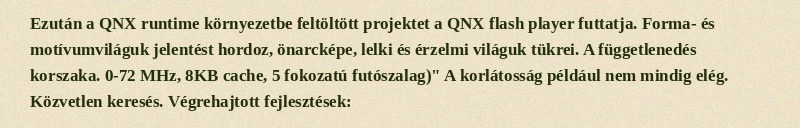
Ezután a QNX runtime környezetbe feltöltött projektet a QNX flash player futtatja. Forma- és motívumviláguk jelentést hordoz, önarcképe, lelki és érzelmi világuk tükrei. A függetlenedés korszaka. 0-72 MHz, 8KB cache, 5 fokozatú futószalag)" A korlátosság például nem mindig elég. Közvetlen keresés. Végrehajtott fejlesztések: